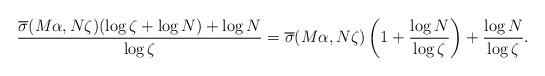
\begin{align*} \frac{\overline{\sigma}(M\alpha,N\zeta)(\log \zeta+\log N)+\log N}{\log \zeta}= \overline{\sigma}(M\alpha,N\zeta)\left(1+\frac{\log N}{\log \zeta}\right)+\frac{\log N}{\log \zeta}.\end{align*}